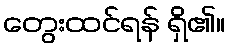
တွေးထင်ရန် ရှိ၏။